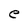
Character: e